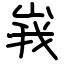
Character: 峩